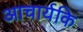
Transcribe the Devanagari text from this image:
आचार्यकि